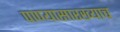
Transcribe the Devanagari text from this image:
पाण्यासारख्याच